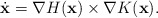
\begin{align*} \dot{\mathbf{x}} = \nabla H(\mathbf{x})\times \nabla K(\mathbf{x}). \end{align*}